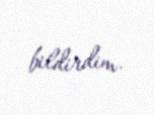
bildirdim.